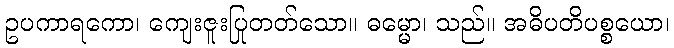
ဥပကာရကော၊ ကျေးဇူးပြုတတ်သော။ ဓမ္မော၊ သည်။ အဓိပတိပစ္စယော၊